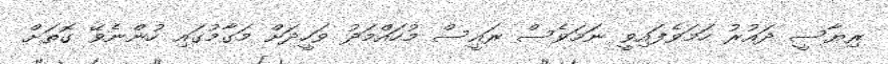
ރިޔާސީ ދައުރު ހަމަވެފައިވީ ނަމަވެސް ރައީސް މުހައްމަދު ވަހީދަށް މަގާމުގައި ހުންނެވޭ ގޮތަށް